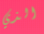
الذي